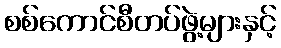
စစ်ကောင်စီတပ်ဖွဲ့များနှင့်